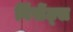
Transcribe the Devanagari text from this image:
विंसेंट्स